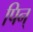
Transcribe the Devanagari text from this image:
पिन्